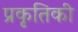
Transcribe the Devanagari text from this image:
प्रकृतिकी